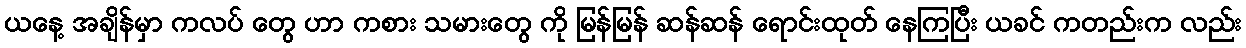
ယနေ့ အချိန်မှာ ကလပ် တွေ ဟာ ကစား သမားတွေ ကို မြန်မြန် ဆန်ဆန် ရောင်းထုတ် နေကြပြီး ယခင် ကတည်းက လည်း